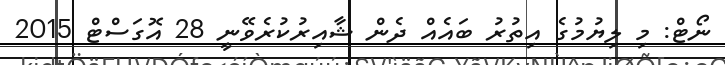
ނޯޓް: މި ލިޔުމުގެ އިތުރު ބައެއް ދެން ޝާއިރުކުރެވޭނީ 28 އޮގަސްޓް 2015